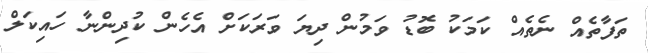
ތަފާތެއް ނެތެއް ކަމަކު ބޮޑު ވަމުން ދިޔަ ވަރަކަށް އެހެން ކުދިންނާ ހައިކަލް